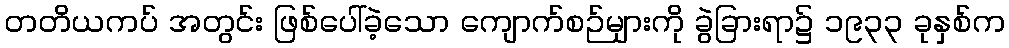
တတိယကပ် အတွင်း ဖြစ်ပေါ်ခဲ့သော ကျောက်စဉ်များကို ခွဲခြားရာ၌ ၁၉၃၃ ခုနှစ်က